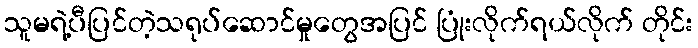
သူမရဲ့ပီပြင်တဲ့သရုပ်ဆောင်မှုတွေအပြင် ပြုံးလိုက်ရယ်လိုက် တိုင်း